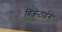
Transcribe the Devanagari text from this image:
बिज़ेन्टाईनों